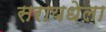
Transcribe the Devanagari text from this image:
सरायधेला